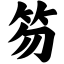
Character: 笏